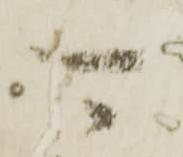
可